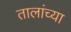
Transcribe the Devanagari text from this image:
तालांच्या